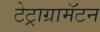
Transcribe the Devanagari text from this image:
टेट्राग्रामॅटन